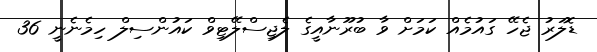
ޑޮލަރު ޖެހޭ ގައުމެއް ކަމަށް ވާ ބުރޫނާއީގެ ލެޖިސްލޭޓިވް ކައުންސިލް ހިމެނެނީ 36